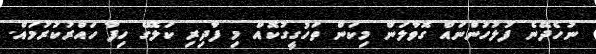
ނުހެދޭނެ ފުލުހުންނައް ގޮވާލަން މިކަން ތަހުގީގުކޮއް މި ފާދިރި ކަލޭގެ ހިފާ ހައްރުކުރުމައް.